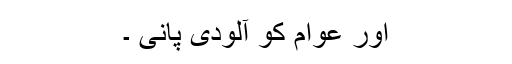
اور عوام کو آلودی پانی ۔